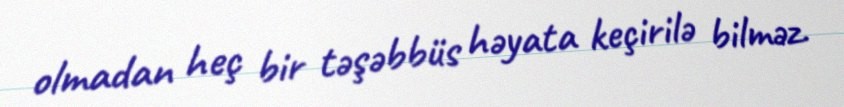
olmadan heç bir təşəbbüs həyata keçirilə bilməz.